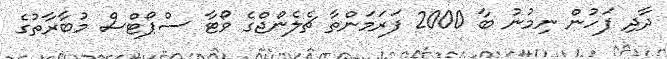
ދާދި ފަހުން ނިމުނު ބާ 2000 ފަރަމަންތާ ޗެލެންޖްގެ ވޯޓާ ސްޕޯޓްސް މުބާރާތުގެ